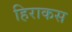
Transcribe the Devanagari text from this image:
हिराकस